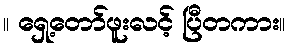
။ ရှေ့တော်ဖူးလင့် ပြီတကား။